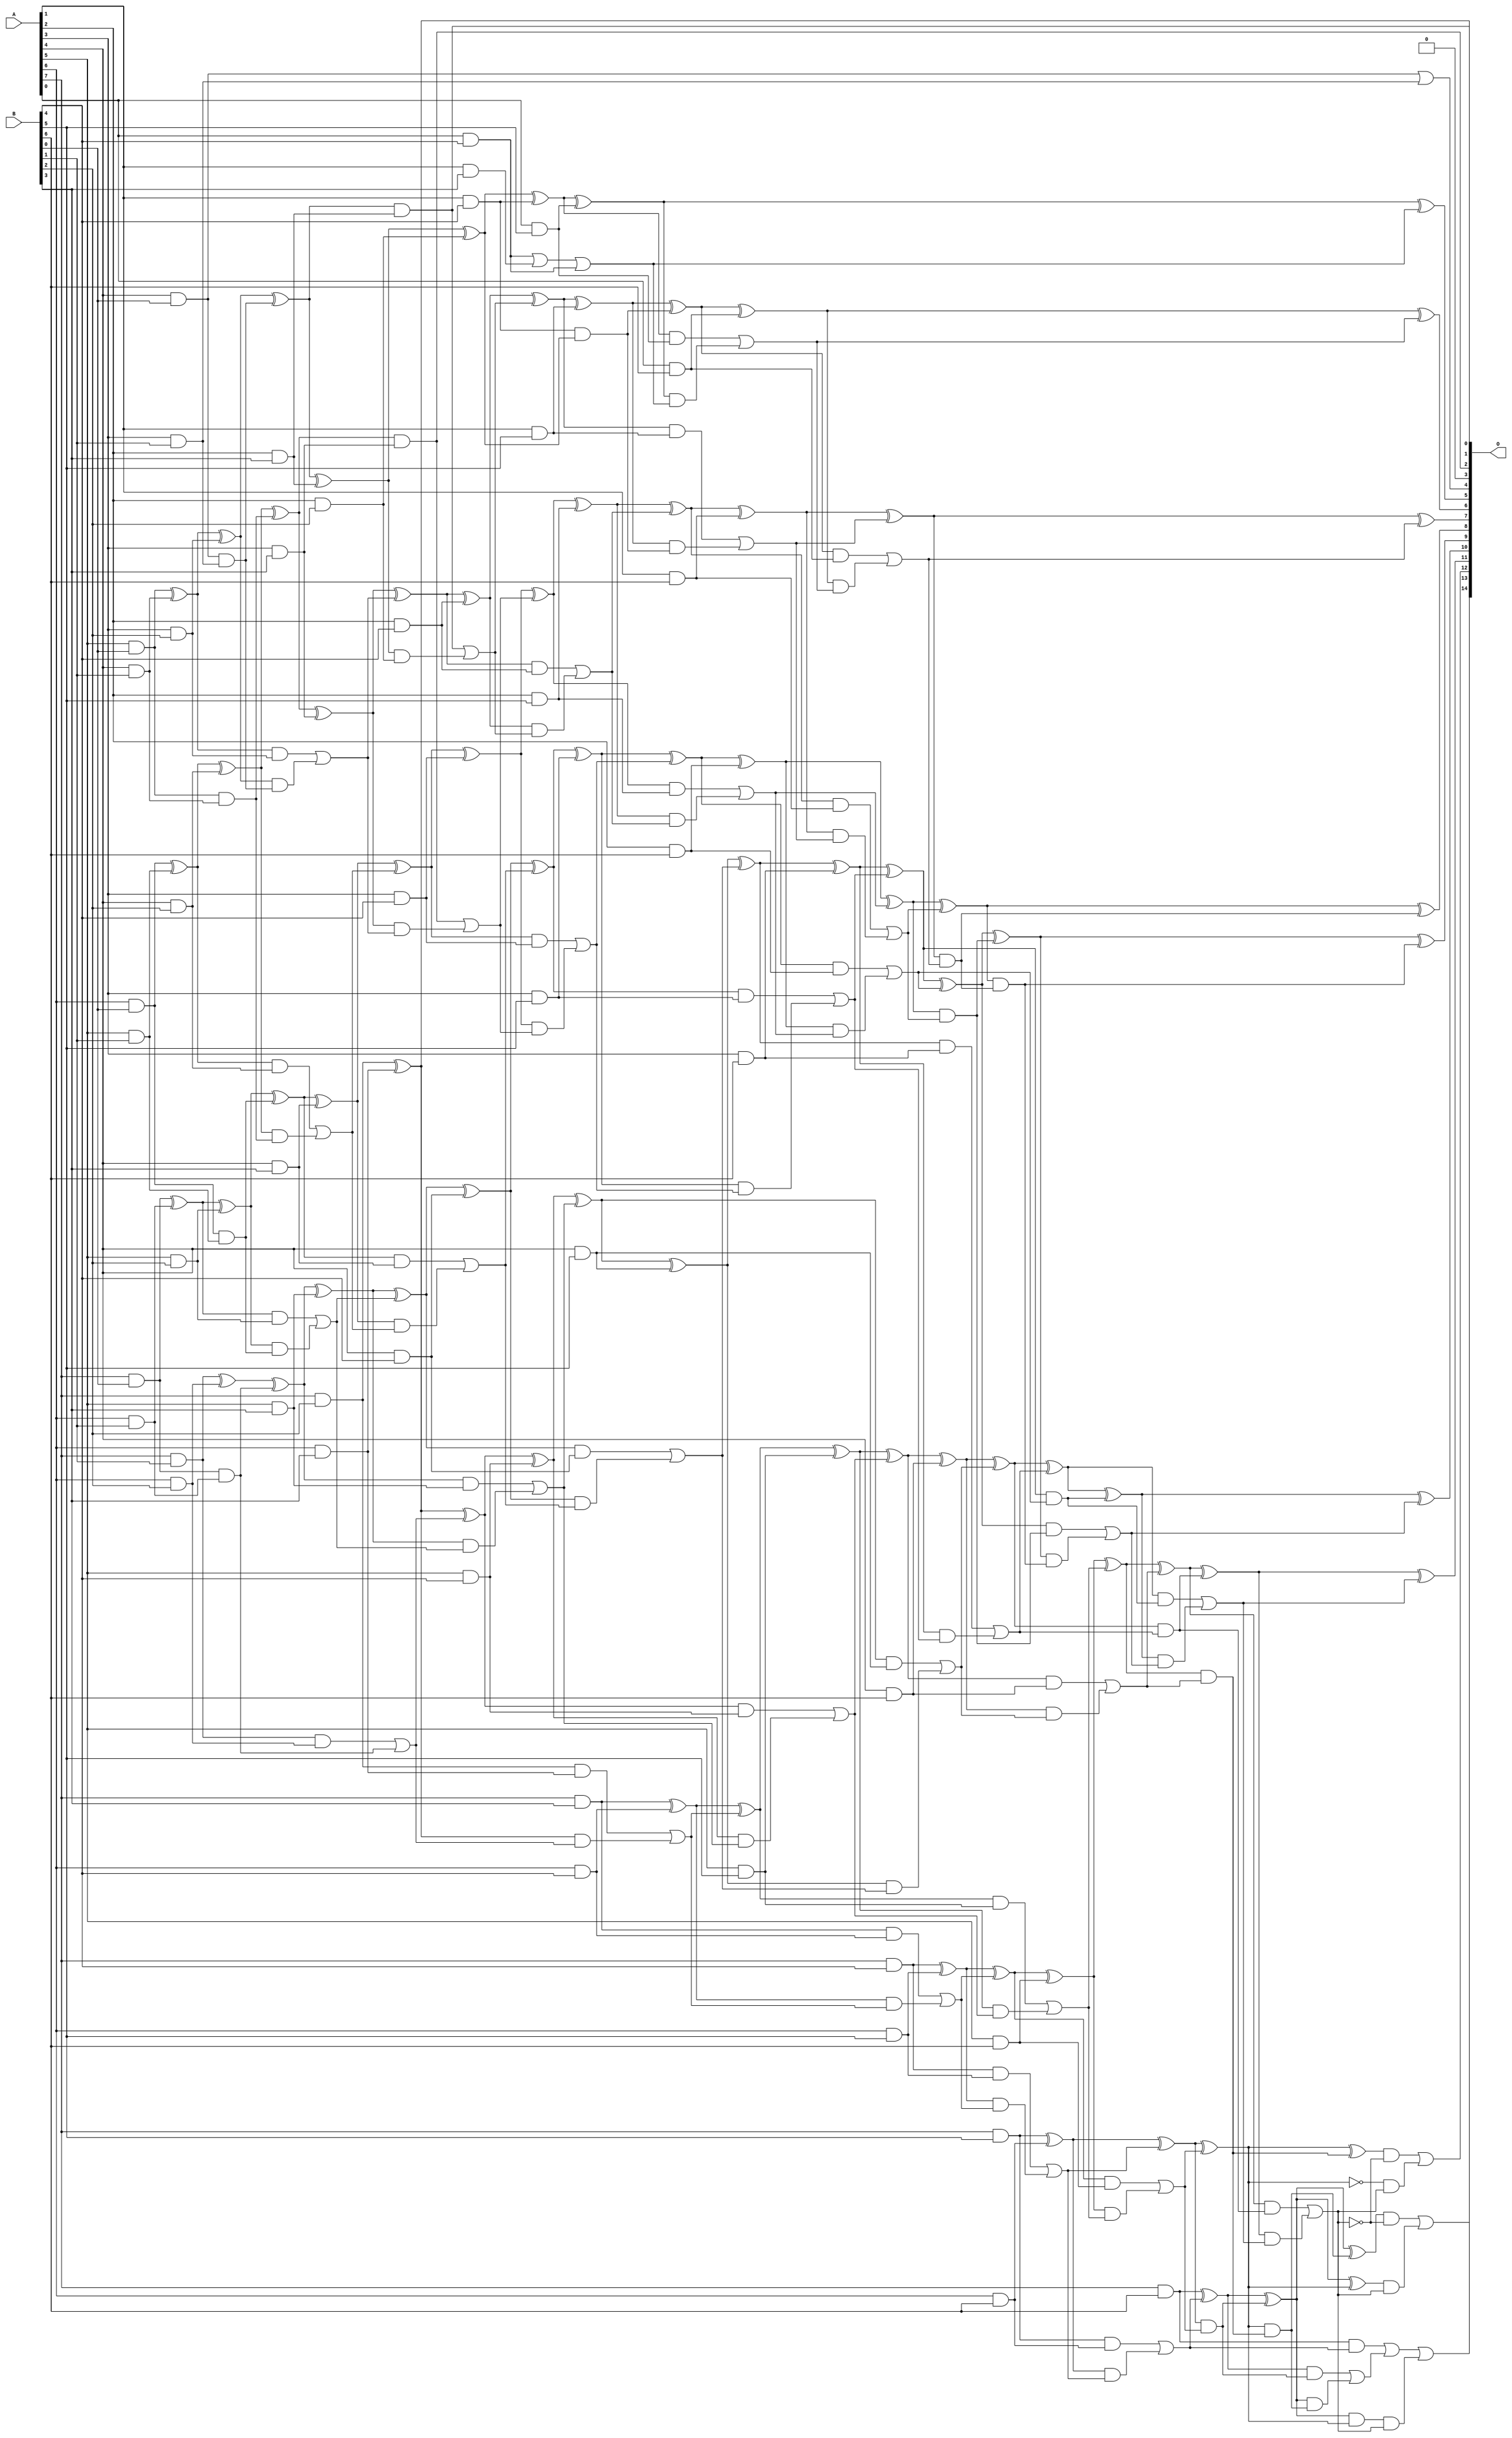
// This program was cloned from: https://github.com/ehw-fit/evoapproxlib
// License: MIT License

/***
* This code is a part of EvoApproxLib library (ehw.fit.vutbr.cz/approxlib) distributed under The MIT License.
* When used, please cite the following article(s): V. Mrazek, L. Sekanina, Z. Vasicek "Libraries of Approximate Circuits: Automated Design and Application in CNN Accelerators" IEEE Journal on Emerging and Selected Topics in Circuits and Systems, Vol 10, No 4, 2020 
* This file contains a circuit from a sub-set of pareto optimal circuits with respect to the pwr and mse parameters
***/
// MAE% = 0.027 %
// MAE = 8.7 
// WCE% = 0.11 %
// WCE = 37 
// WCRE% = 100.00 %
// EP% = 89.15 %
// MRE% = 0.83 %
// MSE = 123 
// PDK45_PWR = 0.289 mW
// PDK45_AREA = 515.8 um2
// PDK45_DELAY = 1.42 ns

module mul8x7u_3VV (
    A,
    B,
    O
);

input [7:0] A;
input [6:0] B;
output [14:0] O;

wire sig_19,sig_20,sig_21,sig_22,sig_26,sig_27,sig_28,sig_29,sig_30,sig_37,sig_38,sig_39,sig_40,sig_41,sig_42,sig_43,sig_44,sig_47,sig_48,sig_49;
wire sig_50,sig_51,sig_52,sig_59,sig_68,sig_69,sig_70,sig_71,sig_72,sig_73,sig_74,sig_75,sig_76,sig_77,sig_78,sig_79,sig_80,sig_81,sig_82,sig_83;
wire sig_84,sig_86,sig_87,sig_89,sig_90,sig_91,sig_92,sig_93,sig_94,sig_95,sig_101,sig_104,sig_106,sig_107,sig_108,sig_109,sig_110,sig_111,sig_112,sig_113;
wire sig_114,sig_115,sig_116,sig_117,sig_118,sig_119,sig_120,sig_121,sig_122,sig_123,sig_124,sig_125,sig_126,sig_127,sig_128,sig_129,sig_130,sig_132,sig_133,sig_134;
wire sig_135,sig_136,sig_137,sig_138,sig_140,sig_144,sig_149,sig_150,sig_151,sig_152,sig_153,sig_154,sig_155,sig_156,sig_157,sig_158,sig_159,sig_160,sig_161,sig_162;
wire sig_163,sig_164,sig_165,sig_166,sig_167,sig_168,sig_169,sig_170,sig_171,sig_172,sig_173,sig_174,sig_175,sig_176,sig_177,sig_178,sig_179,sig_180,sig_181,sig_182;
wire sig_183,sig_184,sig_185,sig_186,sig_187,sig_188,sig_189,sig_190,sig_191,sig_192,sig_193,sig_194,sig_195,sig_196,sig_197,sig_198,sig_199,sig_200,sig_201,sig_202;
wire sig_203,sig_204,sig_205,sig_206,sig_207,sig_208,sig_209,sig_210,sig_211,sig_212,sig_213,sig_214,sig_215,sig_216,sig_217,sig_218,sig_219,sig_220,sig_221,sig_222;
wire sig_223,sig_224,sig_225,sig_226,sig_227,sig_228,sig_229,sig_230,sig_231,sig_232,sig_233,sig_234,sig_235,sig_236,sig_237,sig_238,sig_239,sig_240,sig_241,sig_242;
wire sig_243,sig_244,sig_245,sig_246,sig_247,sig_248,sig_249,sig_250,sig_251,sig_252,sig_253,sig_254,sig_255,sig_256,sig_257,sig_258,sig_259,sig_260,sig_261,sig_262;
wire sig_263,sig_264,sig_265,sig_266,sig_267,sig_268,sig_269,sig_270,sig_271,sig_272,sig_273,sig_274,sig_275,sig_276,sig_277,sig_278,sig_279,sig_280,sig_281,sig_282;
wire sig_283,sig_284,sig_285,sig_286,sig_287,sig_288,sig_289,sig_290,sig_291,sig_292,sig_293,sig_294,sig_295,sig_296,sig_297,sig_298,sig_301,sig_304,sig_306,sig_309;
wire sig_310,sig_311,sig_312,sig_313,sig_314,sig_315,sig_316,sig_319,sig_320;

assign sig_19 = A[4] & B[0];
assign sig_20 = A[5] & B[0];
assign sig_21 = A[6] & B[0];
assign sig_22 = A[7] & B[0];
assign sig_26 = A[3] & B[1];
assign sig_27 = A[4] & B[1];
assign sig_28 = A[5] & B[1];
assign sig_29 = A[6] & B[1];
assign sig_30 = A[7] & B[1];
assign sig_37 = sig_19 & sig_26;
assign sig_38 = sig_19 | sig_26;
assign sig_39 = sig_20 & sig_27;
assign sig_40 = sig_20 ^ sig_27;
assign sig_41 = sig_21 & sig_28;
assign sig_42 = sig_21 ^ sig_28;
assign sig_43 = sig_22 & sig_29;
assign sig_44 = sig_22 ^ sig_29;
assign sig_47 = A[2] & B[2];
assign sig_48 = A[3] & B[2];
assign sig_49 = A[4] & B[2];
assign sig_50 = A[5] & B[2];
assign sig_51 = A[6] & B[2];
assign sig_52 = A[7] & B[2];
assign sig_59 = A[0] & B[4];
assign sig_68 = sig_40 ^ sig_48;
assign sig_69 = sig_40 & sig_48;
assign sig_70 = sig_68 & sig_37;
assign sig_71 = sig_68 ^ sig_37;
assign sig_72 = sig_69 | sig_70;
assign sig_73 = sig_42 ^ sig_49;
assign sig_74 = sig_42 & sig_49;
assign sig_75 = sig_73 & sig_39;
assign sig_76 = sig_73 ^ sig_39;
assign sig_77 = sig_74 | sig_75;
assign sig_78 = sig_44 ^ sig_50;
assign sig_79 = sig_44 & sig_50;
assign sig_80 = sig_78 & sig_41;
assign sig_81 = sig_78 ^ sig_41;
assign sig_82 = sig_79 | sig_80;
assign sig_83 = sig_30 ^ sig_51;
assign sig_84 = sig_30 & sig_51;
assign sig_86 = sig_83 ^ sig_43;
assign sig_87 = sig_84 | sig_43;
assign sig_89 = A[1] & B[3];
assign sig_90 = A[2] & B[3];
assign sig_91 = A[3] & B[3];
assign sig_92 = A[4] & B[3];
assign sig_93 = A[5] & B[3];
assign sig_94 = A[6] & B[3];
assign sig_95 = A[7] & B[3];
assign sig_101 = sig_59 | sig_89;
assign sig_104 = sig_101 | sig_59;
assign sig_106 = sig_71 ^ sig_90;
assign sig_107 = sig_71 & sig_90;
assign sig_108 = sig_106 & sig_47;
assign sig_109 = sig_106 ^ sig_47;
assign sig_110 = sig_107 | sig_108;
assign sig_111 = sig_76 ^ sig_91;
assign sig_112 = sig_76 & sig_91;
assign sig_113 = sig_111 & sig_72;
assign sig_114 = sig_111 ^ sig_72;
assign sig_115 = sig_112 | sig_113;
assign sig_116 = sig_81 ^ sig_92;
assign sig_117 = sig_81 & sig_92;
assign sig_118 = sig_116 & sig_77;
assign sig_119 = sig_116 ^ sig_77;
assign sig_120 = sig_117 | sig_118;
assign sig_121 = sig_86 ^ sig_93;
assign sig_122 = sig_86 & sig_93;
assign sig_123 = sig_121 & sig_82;
assign sig_124 = sig_121 ^ sig_82;
assign sig_125 = sig_122 | sig_123;
assign sig_126 = sig_52 ^ sig_94;
assign sig_127 = sig_52 & sig_94;
assign sig_128 = sig_126 & sig_87;
assign sig_129 = sig_126 ^ sig_87;
assign sig_130 = sig_127 | sig_128;
assign sig_132 = A[1] & B[4];
assign sig_133 = A[2] & B[4];
assign sig_134 = A[3] & B[4];
assign sig_135 = A[4] & B[4];
assign sig_136 = A[5] & B[4];
assign sig_137 = A[6] & B[4];
assign sig_138 = A[7] & B[4];
assign sig_140 = sig_132 & sig_109;
assign sig_144 = sig_109 ^ sig_132;
assign sig_149 = sig_114 ^ sig_133;
assign sig_150 = sig_114 & sig_133;
assign sig_151 = sig_149 & sig_110;
assign sig_152 = sig_149 ^ sig_110;
assign sig_153 = sig_150 | sig_151;
assign sig_154 = sig_119 ^ sig_134;
assign sig_155 = sig_119 & sig_134;
assign sig_156 = sig_154 & sig_115;
assign sig_157 = sig_154 ^ sig_115;
assign sig_158 = sig_155 | sig_156;
assign sig_159 = sig_124 ^ sig_135;
assign sig_160 = sig_124 & sig_135;
assign sig_161 = sig_159 & sig_120;
assign sig_162 = sig_159 ^ sig_120;
assign sig_163 = sig_160 | sig_161;
assign sig_164 = sig_129 ^ sig_136;
assign sig_165 = sig_129 & sig_136;
assign sig_166 = sig_164 & sig_125;
assign sig_167 = sig_164 ^ sig_125;
assign sig_168 = sig_165 | sig_166;
assign sig_169 = sig_95 ^ sig_137;
assign sig_170 = sig_95 & sig_137;
assign sig_171 = sig_169 & sig_130;
assign sig_172 = sig_169 ^ sig_130;
assign sig_173 = sig_170 | sig_171;
assign sig_174 = A[0] & B[5];
assign sig_175 = A[1] & B[5];
assign sig_176 = A[2] & B[5];
assign sig_177 = A[3] & B[5];
assign sig_178 = A[4] & B[5];
assign sig_179 = A[5] & B[5];
assign sig_180 = A[6] & B[5];
assign sig_181 = A[7] & B[5];
assign sig_182 = sig_144 ^ sig_174;
assign sig_183 = sig_144 & sig_174;
assign sig_184 = sig_182 & sig_104;
assign sig_185 = sig_182 ^ sig_104;
assign sig_186 = sig_183 | sig_184;
assign sig_187 = sig_152 ^ sig_175;
assign sig_188 = sig_152 & sig_175;
assign sig_189 = sig_187 & sig_140;
assign sig_190 = sig_187 ^ sig_140;
assign sig_191 = sig_188 | sig_189;
assign sig_192 = sig_157 ^ sig_176;
assign sig_193 = sig_157 & sig_176;
assign sig_194 = sig_192 & sig_153;
assign sig_195 = sig_192 ^ sig_153;
assign sig_196 = sig_193 | sig_194;
assign sig_197 = sig_162 ^ sig_177;
assign sig_198 = sig_162 & sig_177;
assign sig_199 = sig_197 & sig_158;
assign sig_200 = sig_197 ^ sig_158;
assign sig_201 = sig_198 | sig_199;
assign sig_202 = sig_167 ^ sig_178;
assign sig_203 = sig_167 & sig_178;
assign sig_204 = sig_202 & sig_163;
assign sig_205 = sig_202 ^ sig_163;
assign sig_206 = sig_203 | sig_204;
assign sig_207 = sig_172 ^ sig_179;
assign sig_208 = sig_172 & sig_179;
assign sig_209 = sig_207 & sig_168;
assign sig_210 = sig_207 ^ sig_168;
assign sig_211 = sig_208 | sig_209;
assign sig_212 = sig_138 ^ sig_180;
assign sig_213 = sig_138 & sig_180;
assign sig_214 = sig_212 & sig_173;
assign sig_215 = sig_212 ^ sig_173;
assign sig_216 = sig_213 | sig_214;
assign sig_217 = A[0] & B[6];
assign sig_218 = A[1] & B[6];
assign sig_219 = A[2] & B[6];
assign sig_220 = A[3] & B[6];
assign sig_221 = A[4] & B[6];
assign sig_222 = A[5] & B[6];
assign sig_223 = A[6] & B[6];
assign sig_224 = A[7] & B[6];
assign sig_225 = sig_190 ^ sig_217;
assign sig_226 = sig_190 & sig_217;
assign sig_227 = sig_225 & sig_186;
assign sig_228 = sig_225 ^ sig_186;
assign sig_229 = sig_226 | sig_227;
assign sig_230 = sig_195 ^ sig_218;
assign sig_231 = sig_195 & sig_218;
assign sig_232 = sig_230 & sig_191;
assign sig_233 = sig_230 ^ sig_191;
assign sig_234 = sig_231 | sig_232;
assign sig_235 = sig_200 ^ sig_219;
assign sig_236 = sig_200 & sig_219;
assign sig_237 = sig_235 & sig_196;
assign sig_238 = sig_235 ^ sig_196;
assign sig_239 = sig_236 | sig_237;
assign sig_240 = sig_205 ^ sig_220;
assign sig_241 = sig_205 & sig_220;
assign sig_242 = sig_240 & sig_201;
assign sig_243 = sig_240 ^ sig_201;
assign sig_244 = sig_241 | sig_242;
assign sig_245 = sig_210 ^ sig_221;
assign sig_246 = sig_210 & sig_221;
assign sig_247 = sig_245 & sig_206;
assign sig_248 = sig_245 ^ sig_206;
assign sig_249 = sig_246 | sig_247;
assign sig_250 = sig_215 ^ sig_222;
assign sig_251 = sig_215 & sig_222;
assign sig_252 = sig_250 & sig_211;
assign sig_253 = sig_250 ^ sig_211;
assign sig_254 = sig_251 | sig_252;
assign sig_255 = sig_181 ^ sig_223;
assign sig_256 = sig_181 & sig_223;
assign sig_257 = sig_255 & sig_216;
assign sig_258 = sig_255 ^ sig_216;
assign sig_259 = sig_256 | sig_257;
assign sig_260 = sig_233 & sig_229;
assign sig_261 = sig_233 ^ sig_229;
assign sig_262 = sig_238 & sig_234;
assign sig_263 = sig_238 ^ sig_234;
assign sig_264 = sig_243 & sig_239;
assign sig_265 = sig_243 ^ sig_239;
assign sig_266 = sig_248 & sig_244;
assign sig_267 = sig_248 ^ sig_244;
assign sig_268 = sig_253 & sig_249;
assign sig_269 = sig_253 ^ sig_249;
assign sig_270 = sig_258 & sig_254;
assign sig_271 = sig_258 ^ sig_254;
assign sig_272 = sig_224 & sig_259;
assign sig_273 = sig_224 ^ sig_259;
assign sig_274 = sig_263 ^ sig_260;
assign sig_275 = sig_263 & sig_260;
assign sig_276 = sig_265 ^ sig_262;
assign sig_277 = sig_265 & sig_262;
assign sig_278 = sig_276 & sig_275;
assign sig_279 = sig_276 ^ sig_275;
assign sig_280 = sig_277 | sig_278;
assign sig_281 = sig_267 ^ sig_264;
assign sig_282 = sig_267 & sig_264;
assign sig_283 = sig_281 & sig_280;
assign sig_284 = sig_281 ^ sig_280;
assign sig_285 = sig_282 | sig_283;
assign sig_286 = sig_269 ^ sig_266;
assign sig_287 = sig_269 & sig_266;
assign sig_288 = sig_286 & sig_285;
assign sig_289 = sig_286 ^ sig_285;
assign sig_290 = sig_287 | sig_288;
assign sig_291 = sig_271 ^ sig_268;
assign sig_292 = sig_271 & sig_268;
assign sig_293 = sig_273 ^ sig_270;
assign sig_294 = sig_273 & sig_270;
assign sig_295 = sig_293 & sig_292;
assign sig_296 = sig_293 ^ sig_292;
assign sig_297 = sig_294 | sig_295;
assign sig_298 = sig_272 | sig_297;
assign sig_301 = ~sig_271;
assign sig_304 = sig_293 & sig_271;
assign sig_306 = sig_293 ^ sig_271;
assign sig_309 = ~sig_290;
assign sig_310 = sig_291 & sig_309;
assign sig_311 = sig_301 & sig_290;
assign sig_312 = sig_310 | sig_311;
assign sig_313 = ~sig_290;
assign sig_314 = sig_296 & sig_313;
assign sig_315 = sig_306 & sig_290;
assign sig_316 = sig_314 | sig_315;
assign sig_319 = sig_304 & sig_290;
assign sig_320 = sig_298 | sig_319;

assign O[14] = sig_320;
assign O[13] = sig_316;
assign O[12] = sig_312;
assign O[11] = sig_289;
assign O[10] = sig_284;
assign O[9] = sig_279;
assign O[8] = sig_274;
assign O[7] = sig_261;
assign O[6] = sig_228;
assign O[5] = sig_185;
assign O[4] = sig_38;
assign O[3] = 1'b0;
assign O[2] = sig_112;
assign O[1] = sig_107;
assign O[0] = sig_126;

endmodule